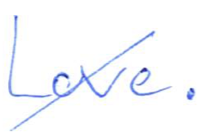
Text: Love.
Cross-out: diagonal
Writing tool: ballpoint